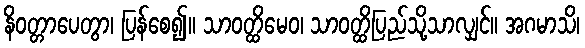
နိဝတ္တာပေတွာ၊ ပြန်စေ၍။ သာဝတ္ထိမေဝ၊ သာဝတ္ထိပြည်သို့သာလျှင်။ အဂမာသိ၊